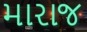
મારાજ